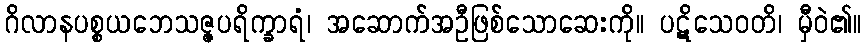
ဂိလာနပစ္စယဘေသဇ္ဇပရိက္ခာရံ၊ အဆောက်အဦဖြစ်သောဆေးကို။ ပဋိသေဝတိ၊ မှီဝဲ၏။